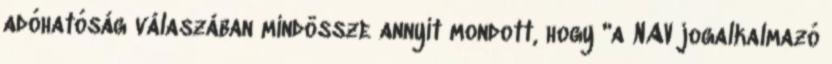
adóhatóság válaszában mindössze annyit mondott, hogy "a NAV jogalkalmazó